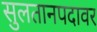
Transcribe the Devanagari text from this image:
सुलतानपदावर